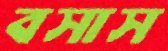
বসাস